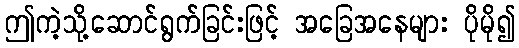
ဤကဲ့သို့ဆောင်ရွက်ခြင်းဖြင့် အခြေအနေများ ပိုမို၍